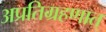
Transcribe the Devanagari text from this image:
अप्रतिग्रहणात्